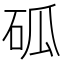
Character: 𥑔